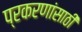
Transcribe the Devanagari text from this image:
प्रकरणांसाठी